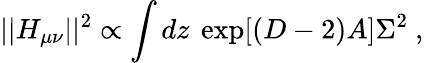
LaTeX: ||H_{\mu\nu}||^{2}\propto\int dz~\exp[(D-2)A]\Sigma^{2}~,